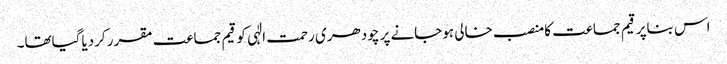
اس بناپر قیم جماعت کامنصب خالی ہوجانے پر چودھری رحمت الٰہی کو قیم جماعت مقرر کردیاگیاتھا۔